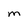
Character: M